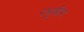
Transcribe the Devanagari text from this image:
रघुवीरा